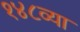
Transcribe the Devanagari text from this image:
१४८व्या